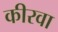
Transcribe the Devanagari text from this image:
कीरवा